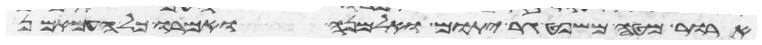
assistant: ארור מטה משפט גר יתום ואלמנה ואמרו כל העם אמן